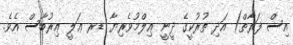
އިސް ފަރާތް) އަދި ތުރުކީގެ ދީނީ ޢިލްމުވެރިޔާ ޑރ ޢަލީ ޢިރުބާސް އެވެ.